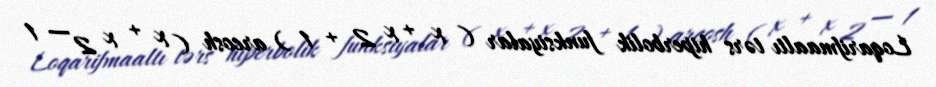
Loqarifmaaltı tərs hiperbolik funksiyalar ( x + x 2 + 1 ) arcosh ( x + x 2 − 1